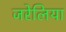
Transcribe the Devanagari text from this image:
जरेलिया